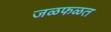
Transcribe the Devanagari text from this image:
जळफळत